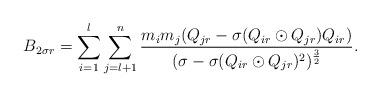
LaTeX: \begin{align*} B_{2\sigma r}=\sum\limits_{i=1}^{l}\sum\limits_{j=l+1}^{n}\frac{m_{i}m_{j}(Q_{jr}-\sigma(Q_{ir}\odot Q_{jr})Q_{ir})}{(\sigma-\sigma(Q_{ir}\odot Q_{jr})^{2})^{\frac{3}{2}}}. \end{align*}